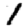
Digit: 1